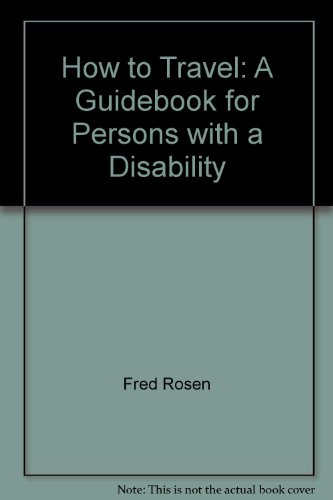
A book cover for How to travel: A guidebook for persons with a disability; Fred Rosen; Travel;